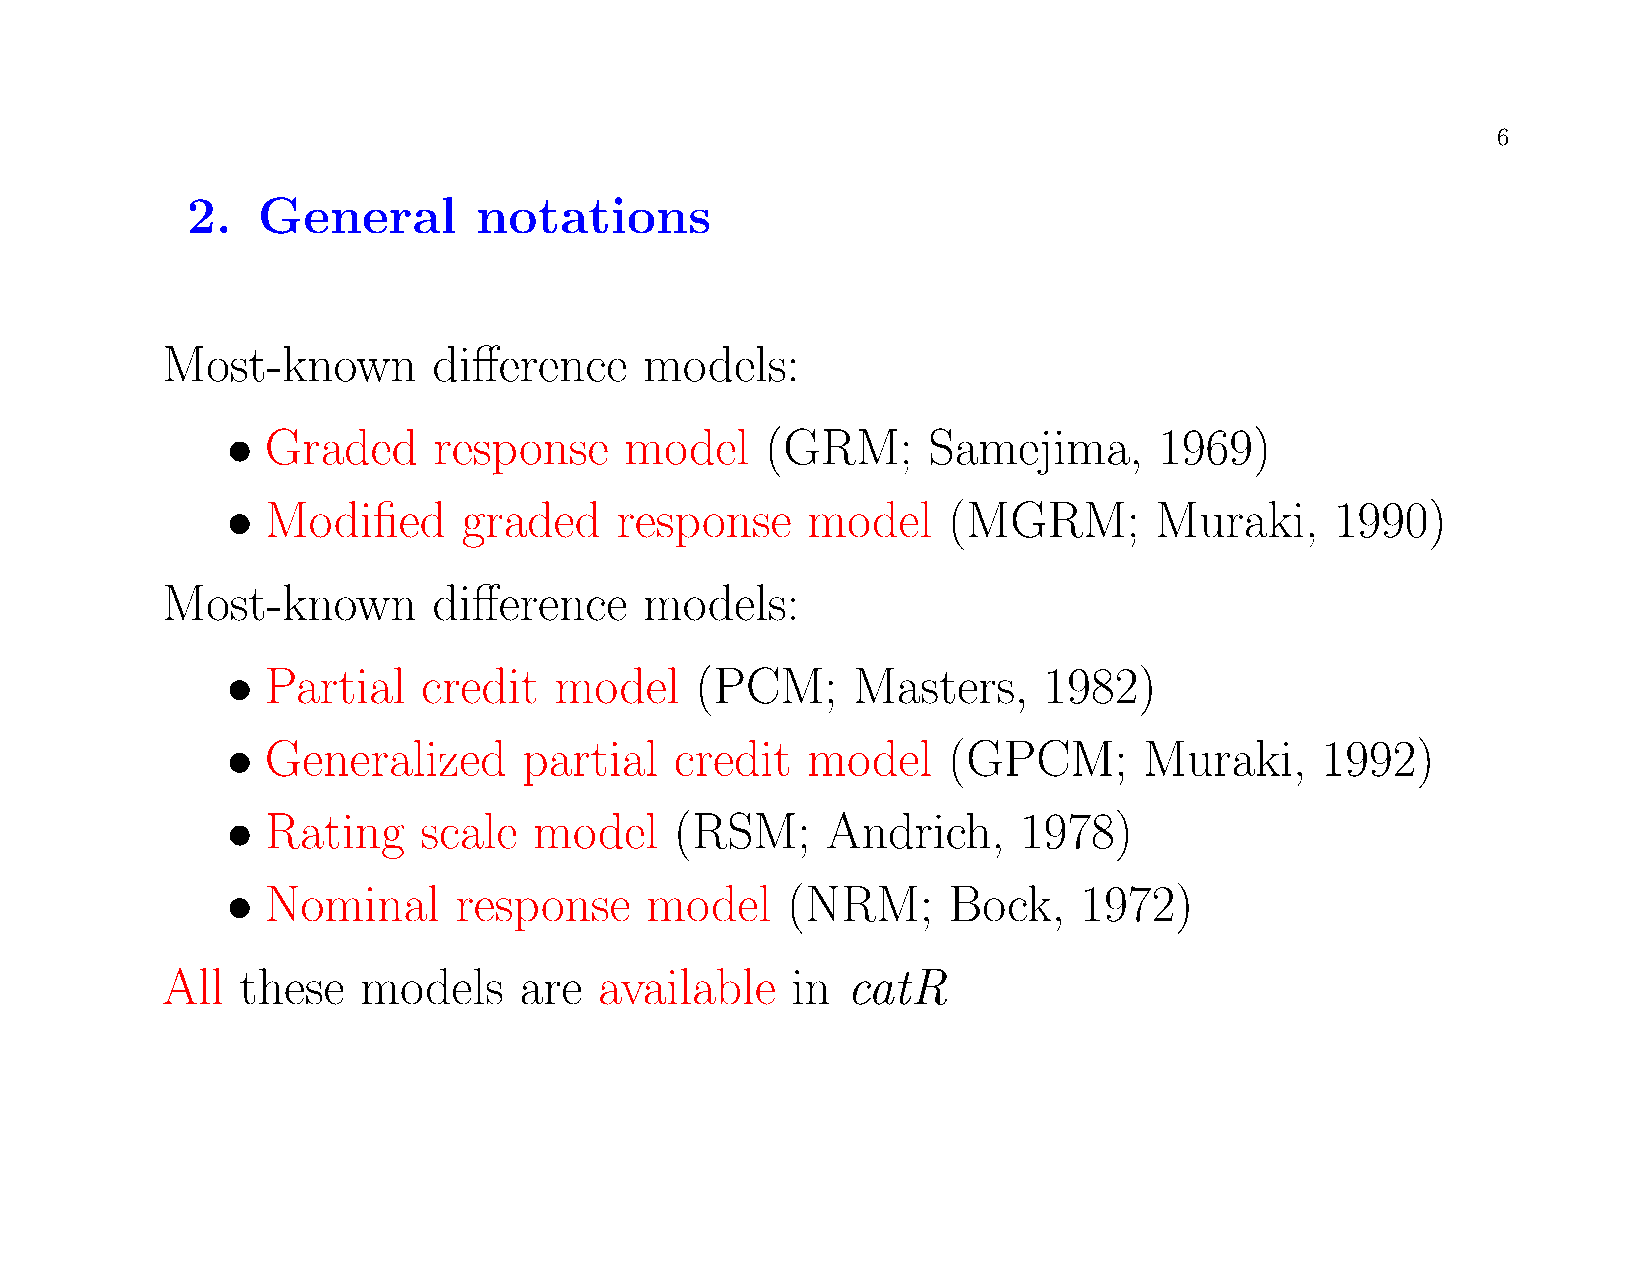
6
 2.   General        notations
 Most-known        difference    models:
 •  Graded     response    model     (GRM;     Samejima,       1969)
 •  Modified     graded    response    model     (MGRM;       Muraki,     1990)
 Most-known        difference    models:
 •  Partial   credit   model    (PCM;     Masters,     1982)
 •  Generalized      partial   credit  model     (GPCM;       Muraki,     1992)
 •  Rating    scale  model     (RSM;     Andrich,     1978)
 •  Nominal     response     model    (NRM;      Bock,    1972)
 All  these   models    are   available   in  catR